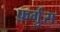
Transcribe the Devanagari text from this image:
फ़र्गुस